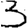
Digit: 3